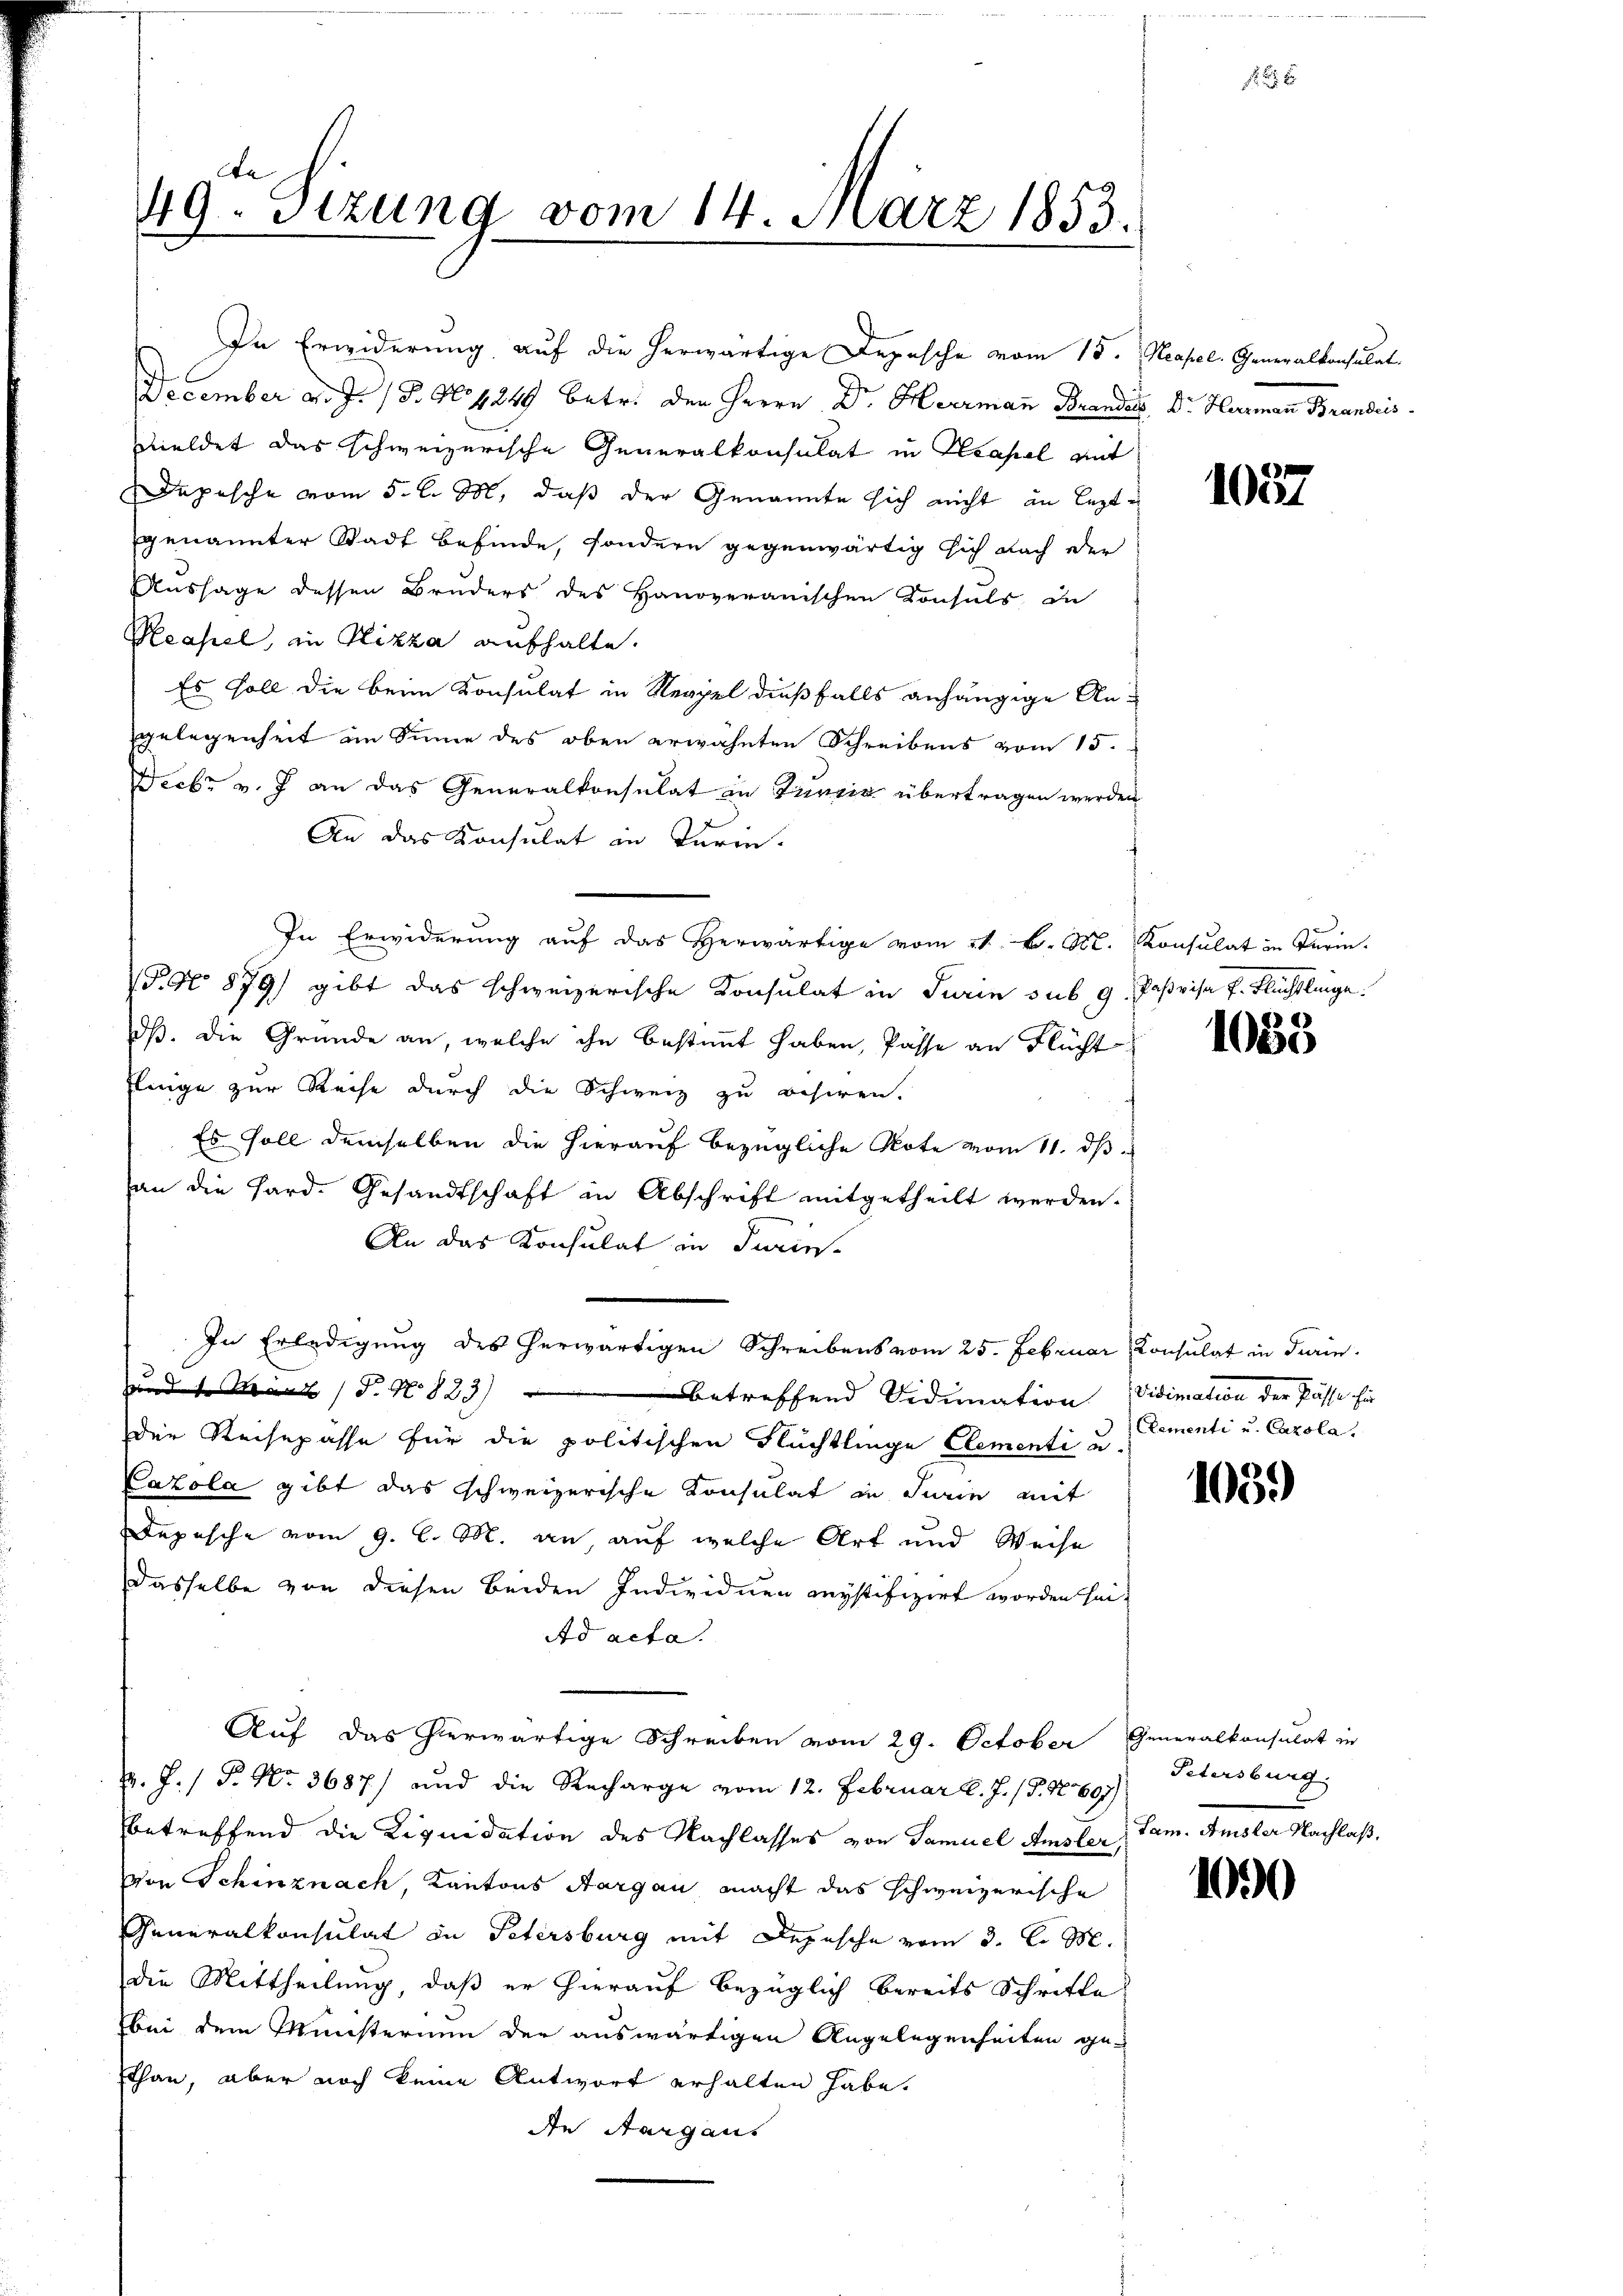
Da
49. Sizung vom 14. März 1853.
1

In Erwiderung auf die herwärtige Depesche vom 15. Neapel. Generalkonsulat
December v. J. (T. No 1249 betr. den Herrn Dr. Herrmann Brandes, Dr. Hurmann Brandeis
wieldet das schweizerische Generalkonsulat in Hasel mit
Depesche vom 5. d. M., daß der Genannte sich nicht an leztgenannter Stadt befinde, sondern gegenwärtig sich nach der
Aussage dessen Bruders des Hanoveranischen Konsuls de
Measel, in Nizza aufhalte.
Es soll die beim Konsulat in Neapel dießfalls anhängige An-
gelegenheit im Sinne des oben erwähnten Schreibens vom 15.
Decbr v. J. an das Generalkonsulat in Tunzia übertragen werden
An das Konsulat in Turm-
In Erwiderung auf das Herwärtige vom 21. k. M. Konsulat in Turin.
P. No 879) gibt das schweizerische Konsulat in Turin sub 9 Paßvisa P. Flüchtlinge.
dß. die Grunde an, welche ihn bestimmt haben, Pässe an Flücht
Einige zur Reise durch die Schweiz zu besiren.
Es soll demselben die hierauf bezügliche Note vom 11. d
an die Hard. Gesandtschaft in Abschrift mitgetheilt werden.
An das Konsulat in Turins
In Erledigung des herwärtigen Schreibens vom 25. Februar Consulat in Turin¬
Zundes März (S. N. 823) betreffend Vidimation Vidimation der Pässe für
Der Reisepasse für die politischen Flüchtlinge Elementi u.
Cazola gibt das schweizerische Konsulat in Turin mit
Depesche vom 9. l. M. an, auf welche Art und Weise
dasselbe von diesen beiden Individuen mystifizirt worden sei¬
Ad acta.
Auf das herwärtige Schreiben vom 29. October Generalkonsulat in
v. J. P. Nr. 3687) und die Recharge vom 12. Februar l. J. (§. 10697)
betreffend die Liquidation des Nachlasses von Samuel Amsler
Von Schinznach, Kantons Aargau macht das schweizerische
Generalkonsulat in Petersburg mit Depesche vom 3. l. M.
die Mittheilung, daß er hierauf bezüglich bereits Schritte
bei dem Münsternen der auswärtigen Angelegenheiten gesthan, aber noch keine Antwort erhalten habe.
de Aargaus

1037

1083

Clementi u. Cazola.

1039

Petersburg.
Jam. Amster Nachlaß,

1000